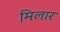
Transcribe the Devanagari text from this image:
मिलार